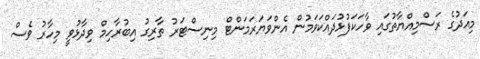
މިއަދުގެ ރަސްމިއްޔާތުގައި ވާހަކަފުޅުދައްކަވަމުން އެންވަޔަރަމަންޓް މިނިސްޓަރު ތާރިގު އިބުރާހިމް ވިދާޅުވީ މިހާރު ވެސް